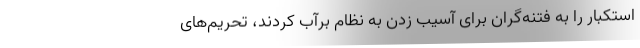
استکبار را به فتنه‌گران برای آسیب زدن به نظام برآب کردند، تحریم‌های